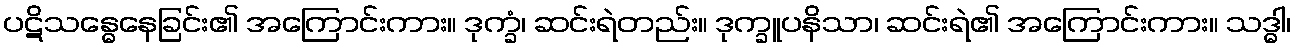
ပဋိသန္ဓေနေခြင်း၏ အကြောင်းကား။ ဒုက္ခံ၊ ဆင်းရဲတည်း။ ဒုက္ခူပနိသာ၊ ဆင်းရဲ၏ အကြောင်းကား။ သဒ္ဓါ၊